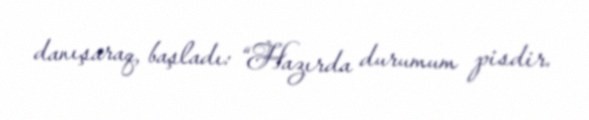
danışaraq, başladı: “Hazırda durumum pisdir.